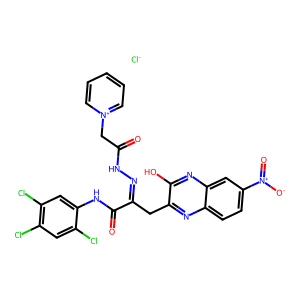
SMILES: O=C(C[n+]1ccccc1)NN=C(Cc1nc2ccc([N+](=O)[O-])cc2nc1O)C(=O)Nc1cc(Cl)c(Cl)cc1Cl.[Cl-]
Inhibits HIV replication: No